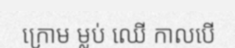
ក្រោម ម្លប់ ឈើ កាលបើ